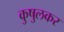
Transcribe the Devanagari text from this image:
कुषुलकर